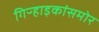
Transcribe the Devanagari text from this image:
गिऱ्हाइकांसमोर